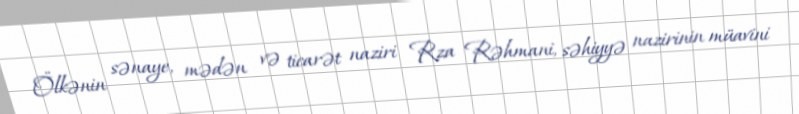
Ölkənin sənaye, mədən və ticarət naziri Rza Rəhmani, səhiyyə nazirinin müavini